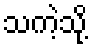
သကဲ့သို့